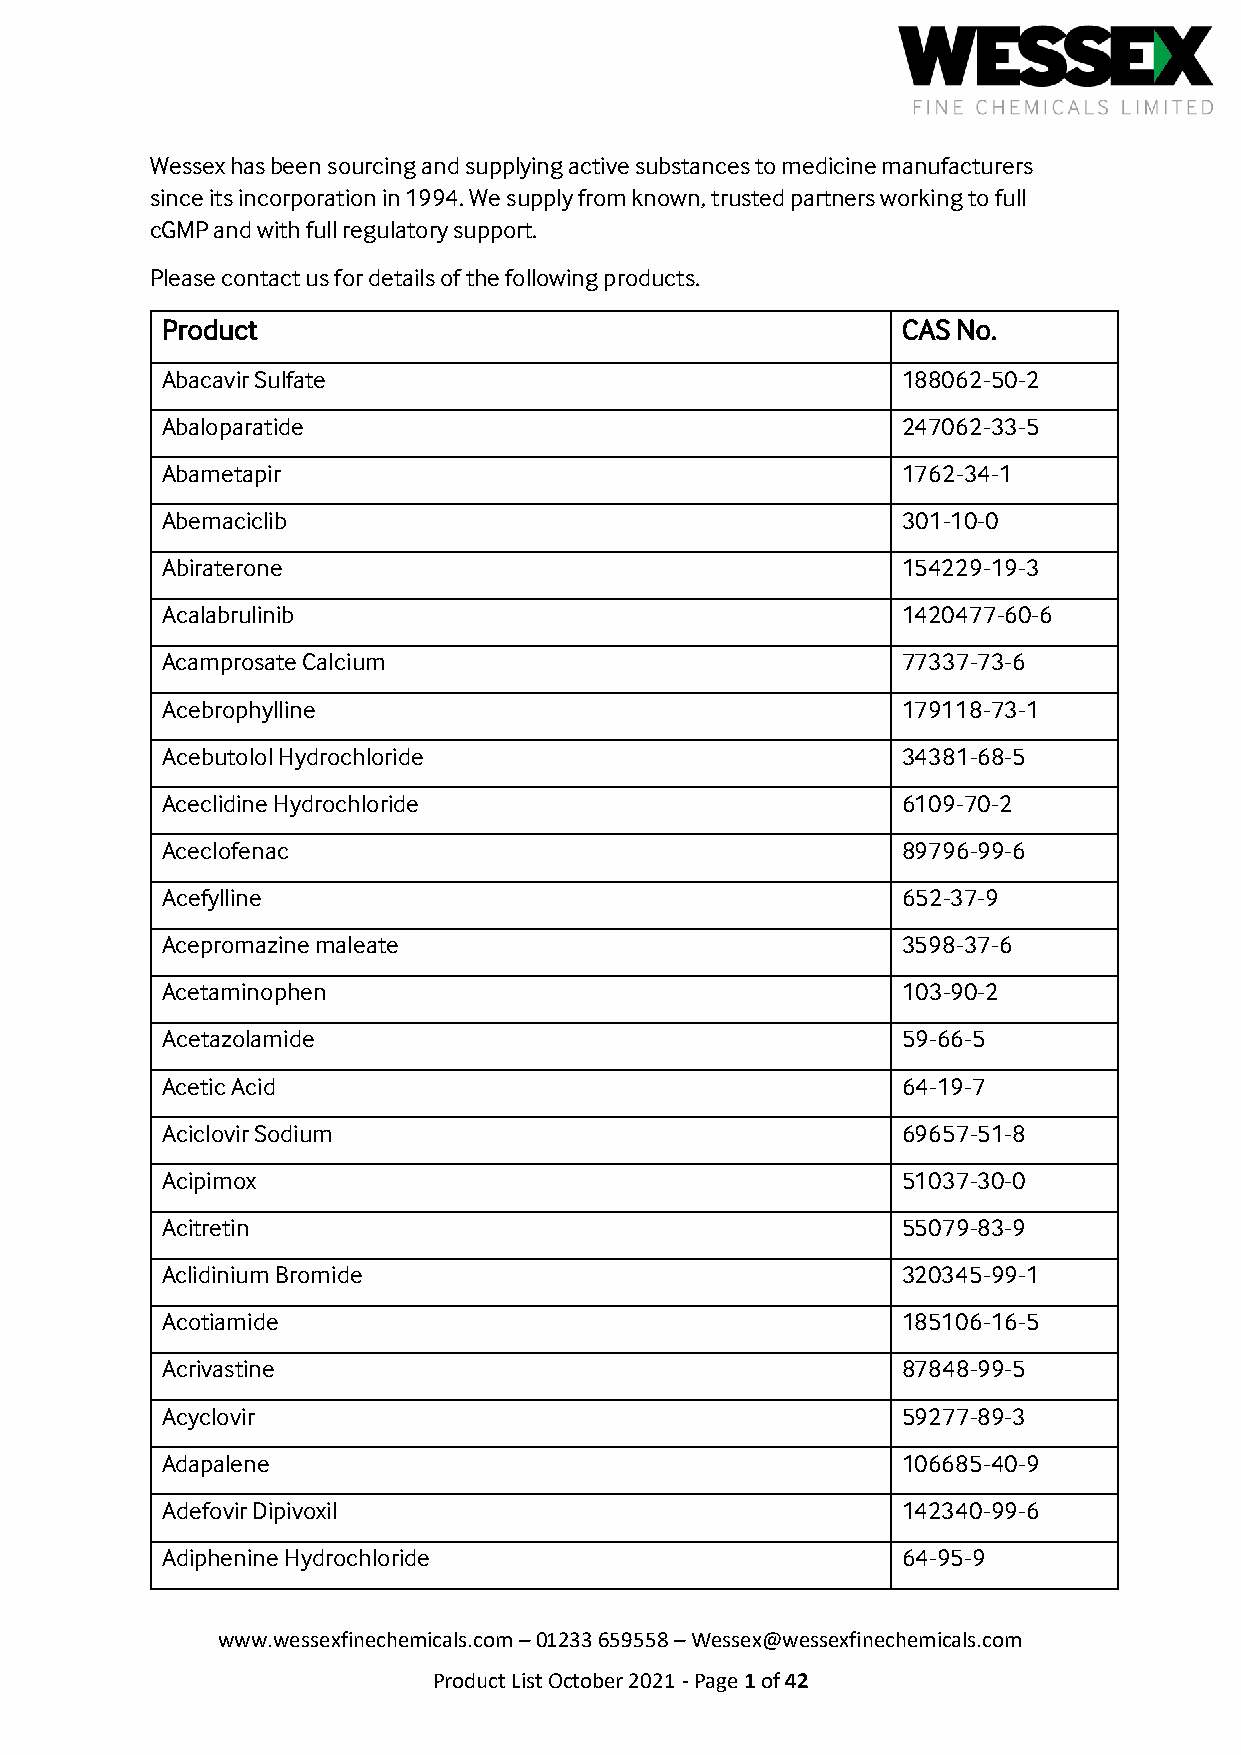
Wessex has been sourcing and supplying active substances to medicine manufacturers
 since its incorporation in 1994. We supply from known, trusted partners working to full
 cGMP and with full regulatory support.
 Please contact us for details of the following products.
 Product                                          CAS No.
 Abacavir Sulfate                                 188062-50-2
 Abaloparatide                                    247062-33-5
 Abametapir                                       1762-34-1
 Abemaciclib                                      301-10-0
 Abiraterone                                      154229-19-3
 Acalabrulinib                                    1420477-60-6
 Acamprosate Calcium                              77337-73-6
 Acebrophylline                                   179118-73-1
 Acebutolol Hydrochloride                         34381-68-5
 Aceclidine Hydrochloride                         6109-70-2
 Aceclofenac                                      89796-99-6
 Acefylline                                       652-37-9
 Acepromazine maleate                             3598-37-6
 Acetaminophen                                    103-90-2
 Acetazolamide                                    59-66-5
 Acetic Acid                                      64-19-7
 Aciclovir Sodium                                 69657-51-8
 Acipimox                                         51037-30-0
 Acitretin                                        55079-83-9
 Aclidinium Bromide                               320345-99-1
 Acotiamide                                       185106-16-5
 Acrivastine                                      87848-99-5
 Acyclovir                                        59277-89-3
 Adapalene                                        106685-40-9
 Adefovir Dipivoxil                               142340-99-6
 Adiphenine Hydrochloride                         64-95-9
 www.wessexfinechemicals.com – 01233 659558 – Wessex@wessexfinechemicals.com
 Product List October 2021 - Page 1 of 42